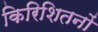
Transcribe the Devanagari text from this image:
किरिशितनों